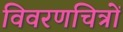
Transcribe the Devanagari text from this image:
विवरणचित्रों